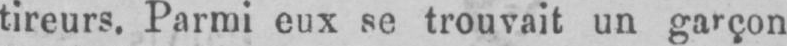
tireurs. Parmi eux se trouvait un garçon